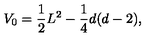
V _ { 0 } = \frac { 1 } { 2 } L ^ { 2 } - \frac { 1 } { 4 } d ( d - 2 ) ,